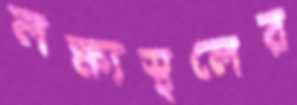
লক্ষ্যস্থলের